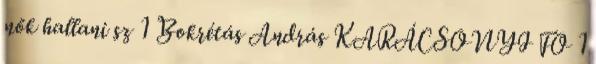
nők hallani sz 1 Bokrétás András KARÁCSONYI FO 1